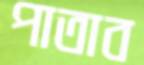
পাতাব